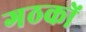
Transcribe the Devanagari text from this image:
गठकों